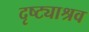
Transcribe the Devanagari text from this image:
दृष्ट्याश्रव